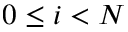
0 \leq i < N